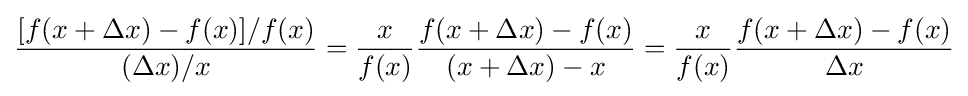
{\frac {[f(x+\Delta x)-f(x)]/f(x)}{(\Delta x)/x}}={\frac {x}{f(x)}}{\frac {f(x+\Delta x)-f(x)}{(x+\Delta x)-x}}={\frac {x}{f(x)}}{\frac {f(x+\Delta x)-f(x)}{\Delta x}}